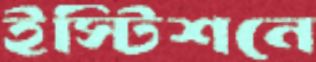
ইস্টিশনে